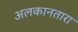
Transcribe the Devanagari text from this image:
अलकानतारा